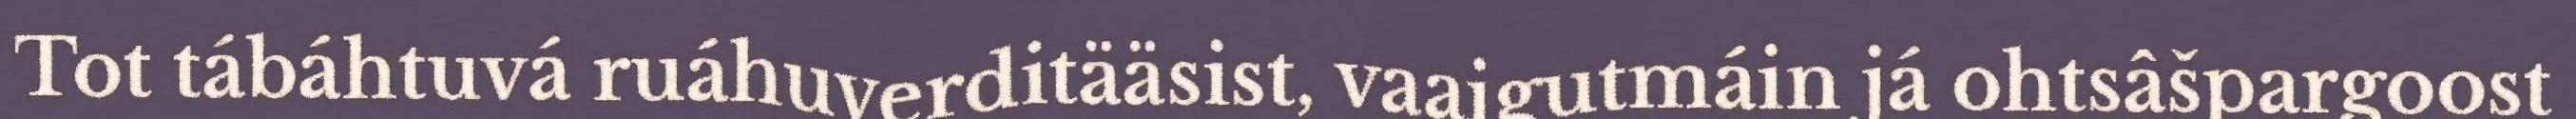
Tot tábáhtuvá ruáhuverditääsist, vaaigutmáin já ohtsâšpargoost